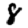
Digit: 8